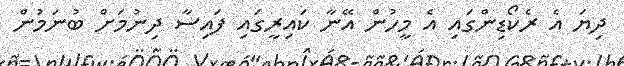
ދިޔަ އެ ރެކޯޑިންގައި އެ މީހުން އޭނާ ކައިރީގައި ފައިސާ ދިނުމަށް ބުނަމުން